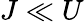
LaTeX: J\ll U